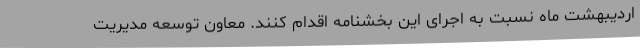
اردیبهشت ماه نسبت به اجرای این بخشنامه اقدام کنند. معاون توسعه مدیریت